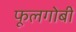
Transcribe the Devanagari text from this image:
फूलगोबी